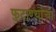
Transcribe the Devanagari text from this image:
फुटाण्यांचा